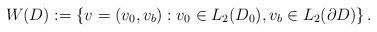
LaTeX: \begin{align*}W(D) := \left\{v = (v_0,v_b): v_0\in L_2(D_0), v_b\in L_2(\partial D)\right\}.\end{align*}